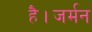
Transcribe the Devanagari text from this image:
है।जर्मन